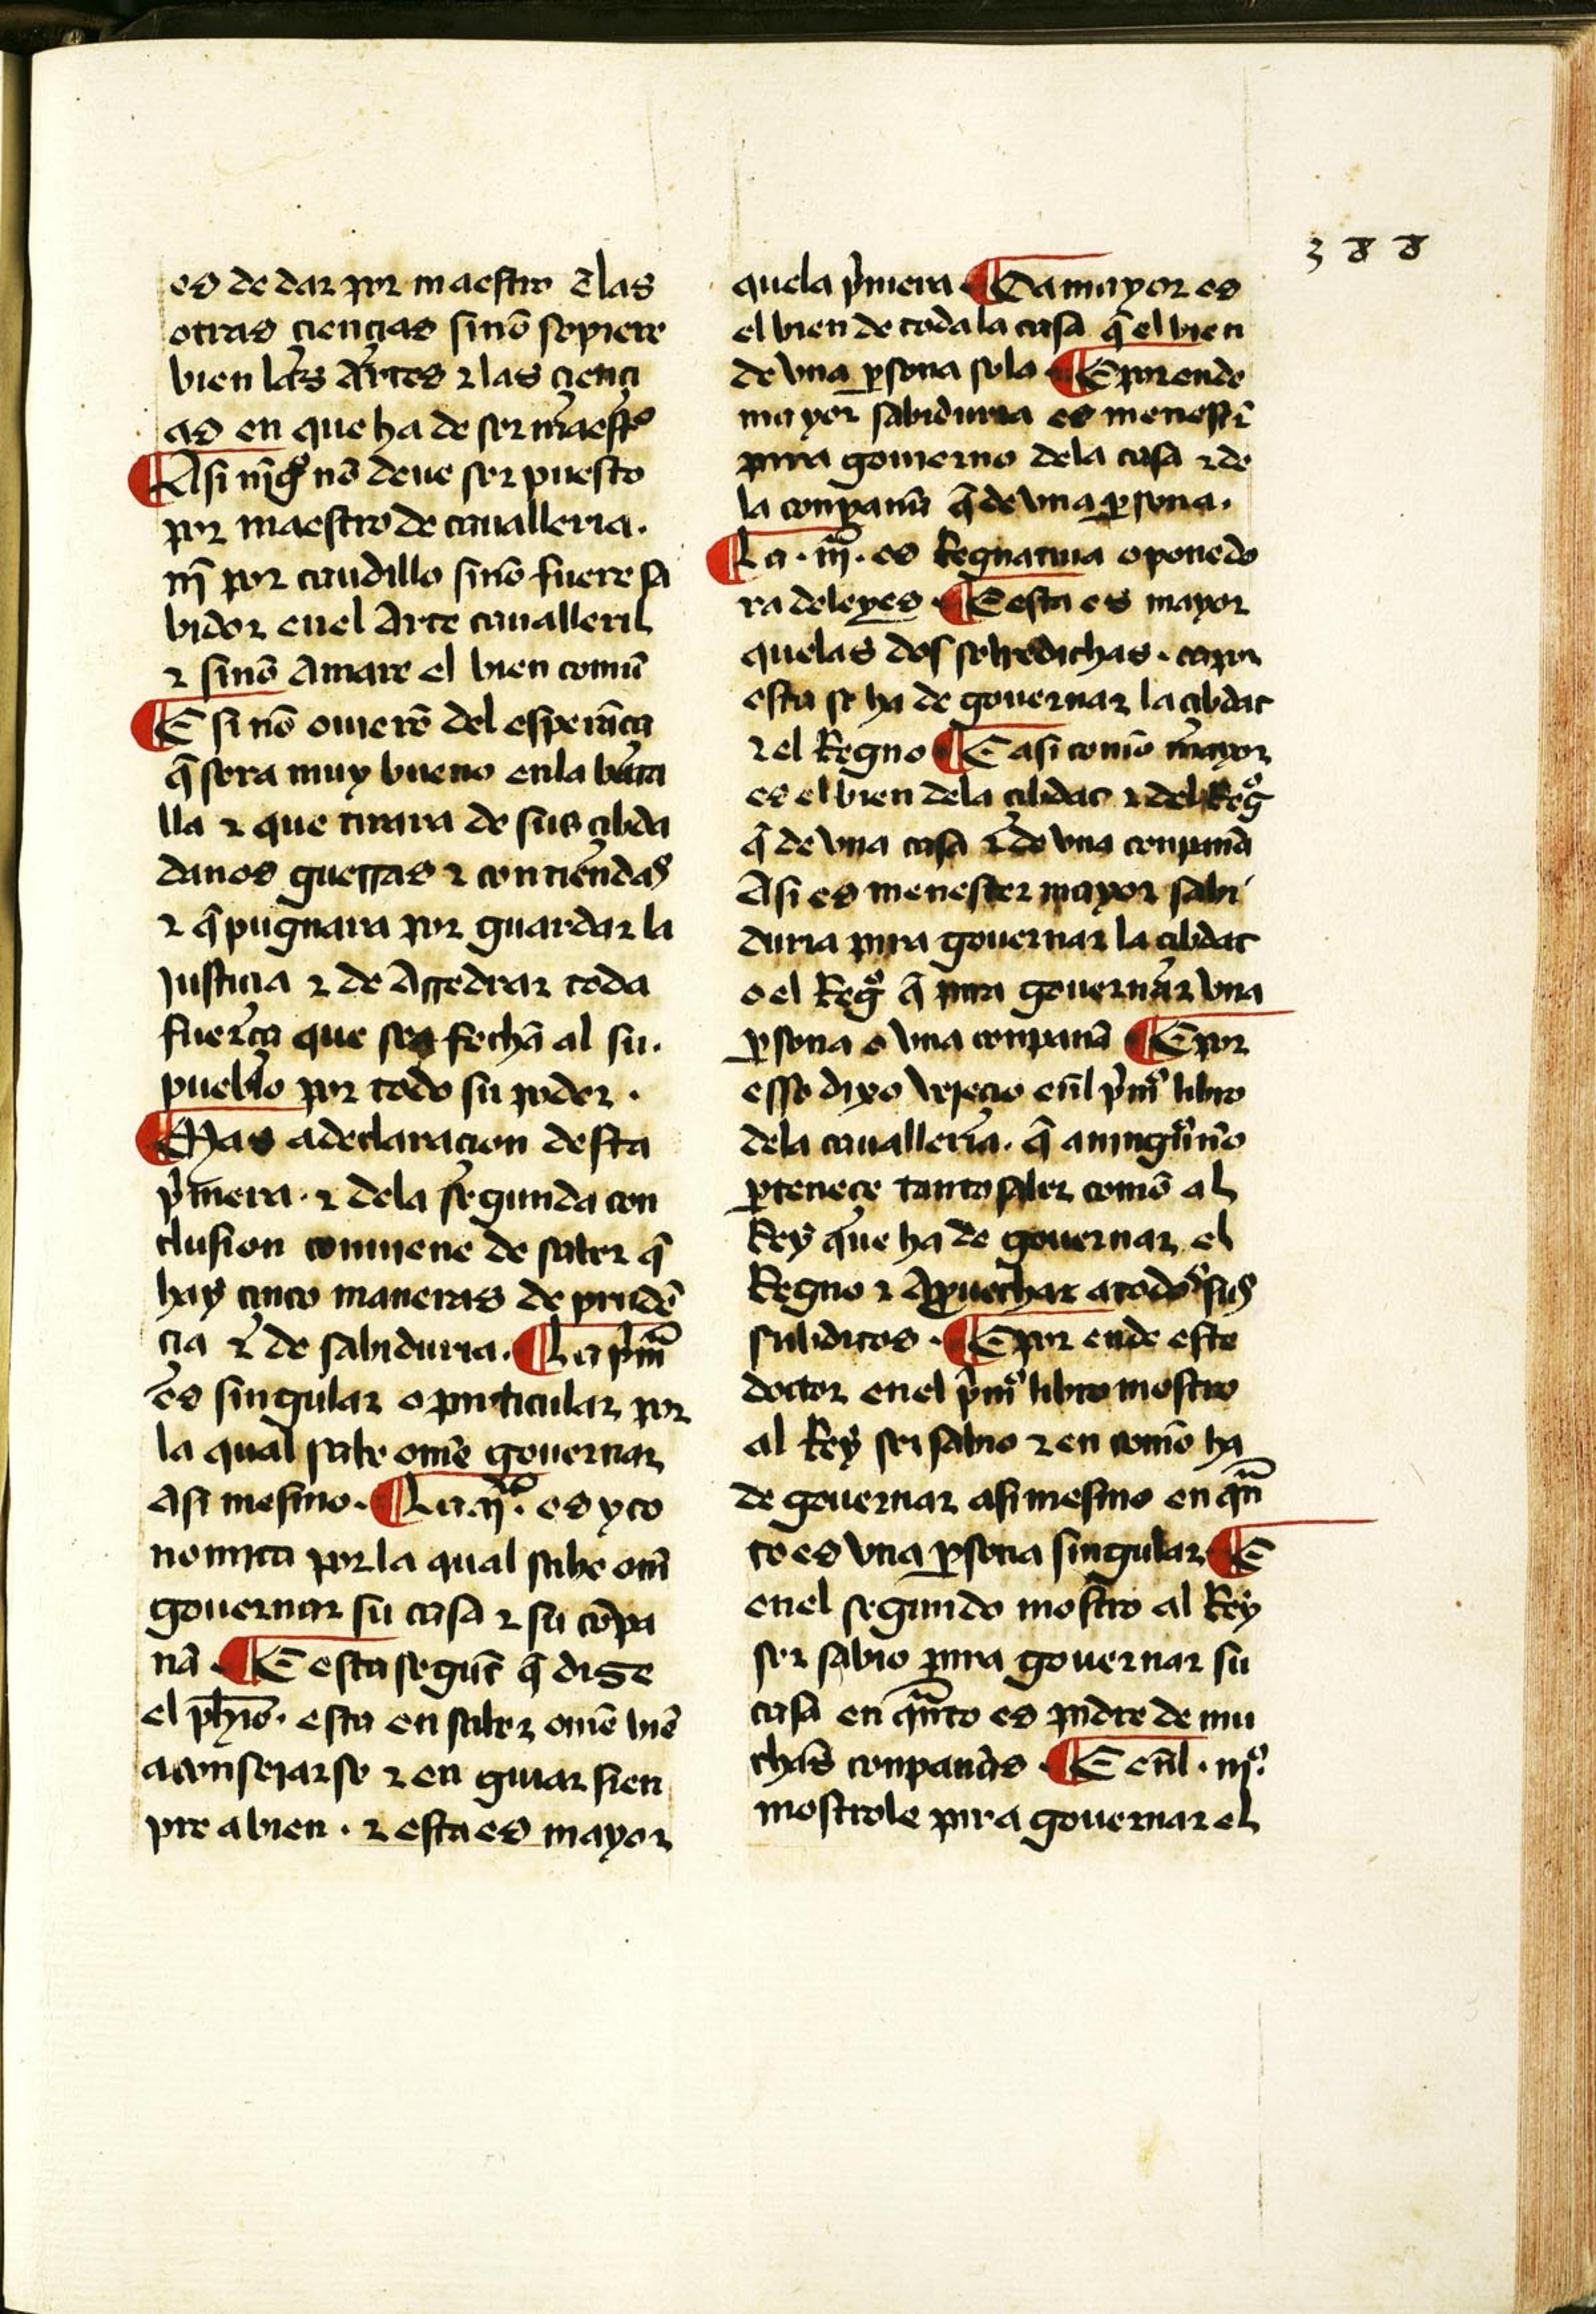
Shelfmark: Salamanca, Biblioteca Histórica USAL, 2097
Century: 15